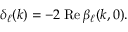
\delta _ { \ell } ( k ) = - 2 \: \mathrm { R e } \: \beta _ { \ell } ( k , 0 ) .